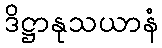
ဒိဋ္ဌာနုသယာနံ